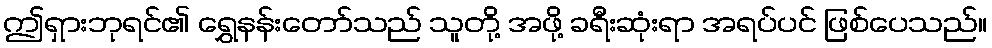
ဤရှားဘုရင်၏ ရွှေနန်းတော်သည် သူတို့ အဖို့ ခရီးဆုံးရာ အရပ်ပင် ဖြစ်ပေသည်။